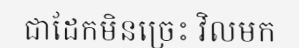
ជាដែកមិនច្រេះ វិលមក